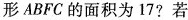
形ABFC的面积为17?若